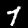
Digit: 7